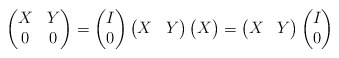
\begin{align*}\begin{pmatrix} X&Y\\0&0\end{pmatrix}=\begin{pmatrix} I\\0\end{pmatrix}\begin{pmatrix} X&Y\end{pmatrix} \begin{pmatrix} X\end{pmatrix}=\begin{pmatrix} X&Y\end{pmatrix}\begin{pmatrix} I\\0\end{pmatrix}\end{align*}